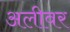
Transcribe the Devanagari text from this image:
अलीवर